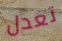
تعدل